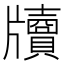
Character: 𤘄